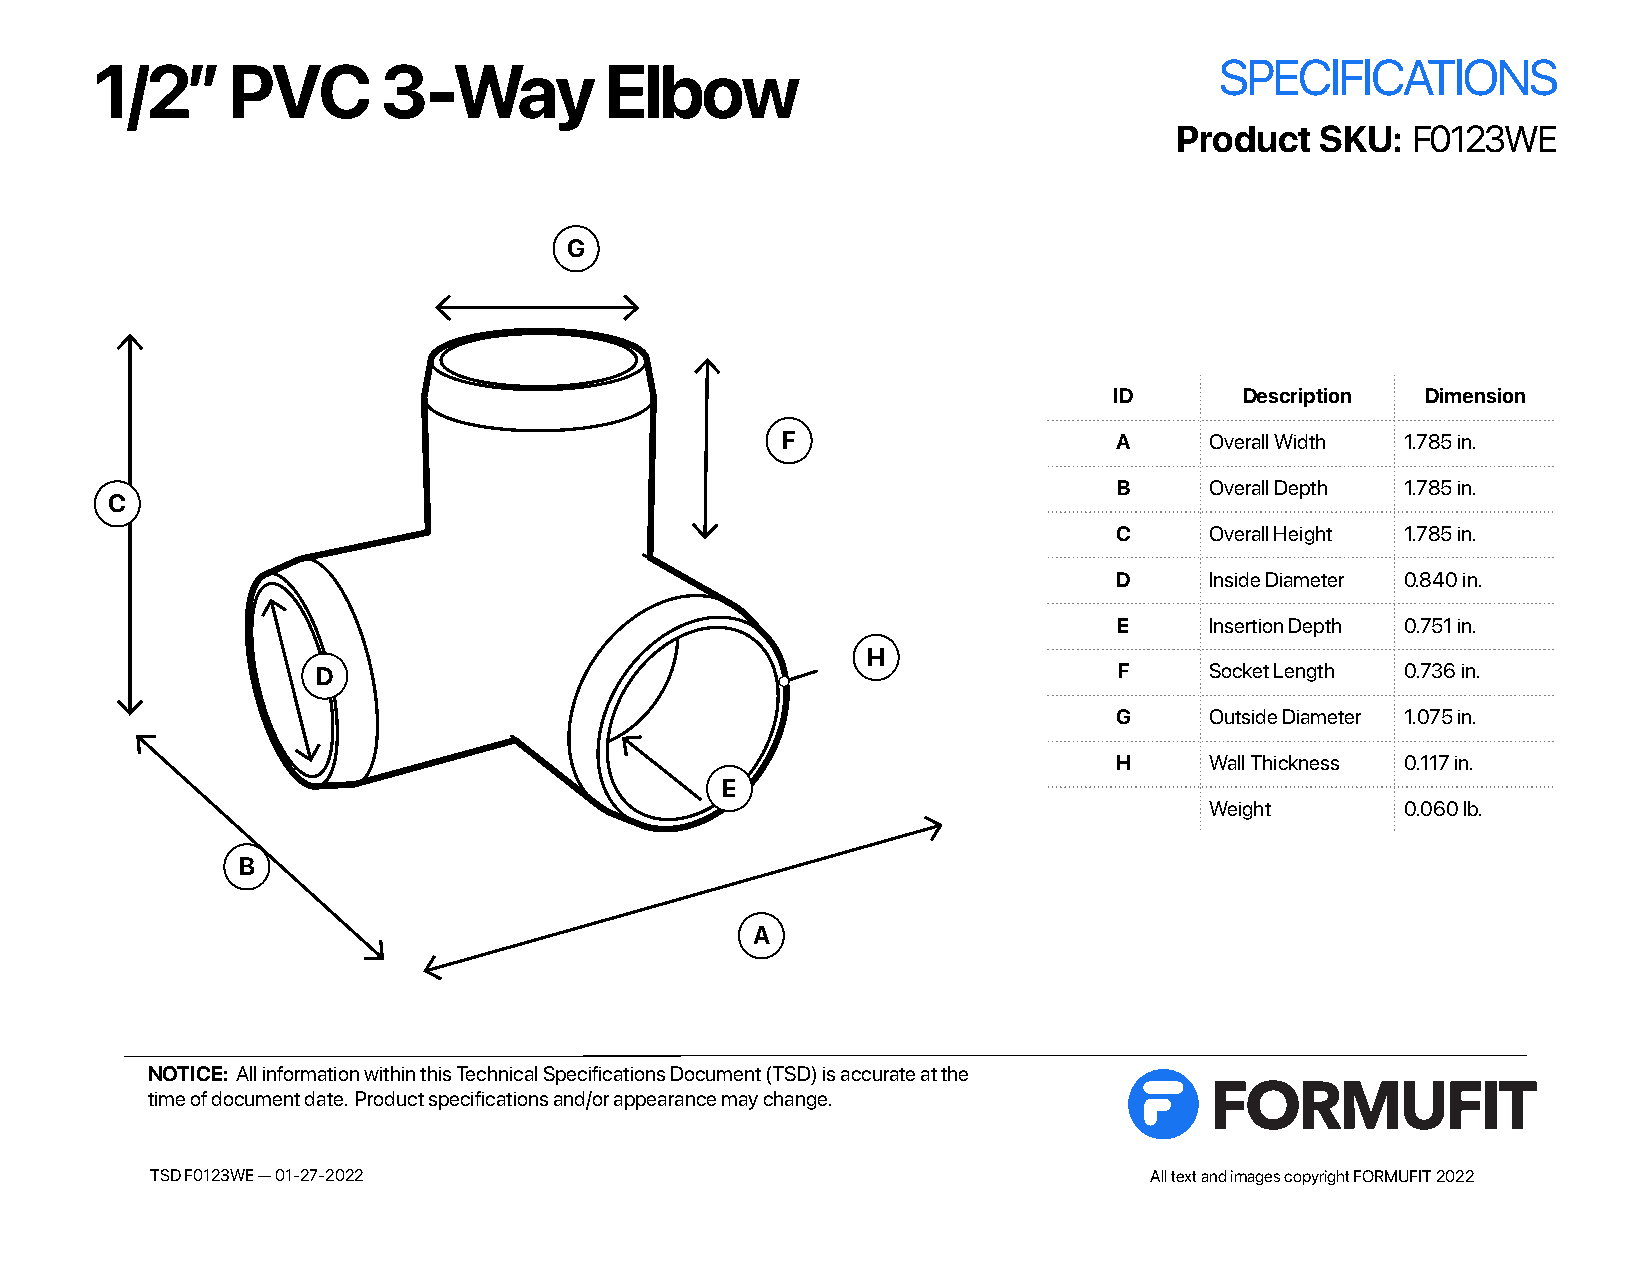
1/2”     PVC       3-Way          Elbow                                    SPECIFICATIONS
 Product  SKU:  F0123WE
 G
 ID      Description Dimension
 F                     A     Overall Width 1.785 in.
 B     Overall Depth 1.785 in.
 C
 C     Overall Height 1.785 in.
 D     Inside Diameter 0.840 in.
 E     Insertion Depth 0.751 in.
 H
 D                                                    F     Socket Length 0.736 in.
 G     Outside Diameter 1.075 in.
 H     Wall Thickness 0.117 in.
 E
 Weight       0.060 lb.
 B
 A
 NOTICE: All information within this Technical Specifications Document (TSD) is accurate at the
 time of document date. Product specifications and/or appearance may change.
 TSD F0123WE — 01-27-2022                                          All text and images copyright FORMUFIT 2022